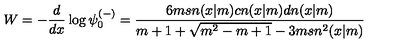
W = - { \frac { d } { d x } } \log \psi _ { 0 } ^ { ( - ) } = { \frac { 6 m s n ( x | m ) c n ( x | m ) d n ( x | m ) } { m + 1 + \sqrt { m ^ { 2 } - m + 1 } - 3 m s n ^ { 2 } ( x | m ) } }